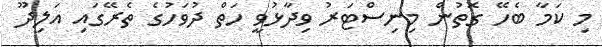
މި ކަމާ ބެހޭ ގޮތުން މިނިސްޓަރު ވިދާޅުވީ ހަތް ދުވަހުގެ ތެރޭގައި އަލިދޫ